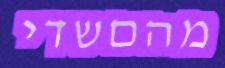
מהםשדי